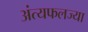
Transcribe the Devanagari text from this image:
अंत्यफलज्या